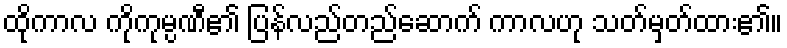
ထိုကာလ ကိုကုမ္ပဏီ၏ ပြန်လည်တည်ဆောက် ကာလဟု သတ်မှတ်ထား၏။